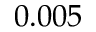
0 . 0 0 5